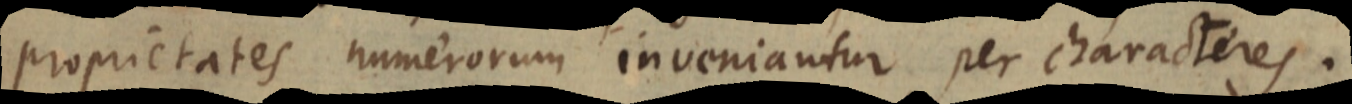
proprietates numerorum inveniantur per characteres.